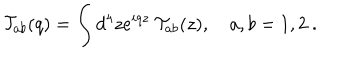
{ \cal T } _ { a b } ( q ) = \int d ^ { 4 } z e ^ { i q z } ~ { \cal T } _ { a b } ( z ) , ~ a , b = 1 , 2 ~ .